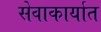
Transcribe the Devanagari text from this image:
सेवाकार्यात